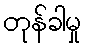
တုန်ခါမှု